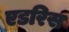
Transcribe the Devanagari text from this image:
एडरिस